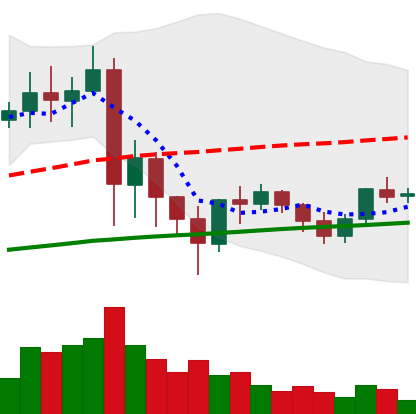
Ticker: XRP-USD
Chart end date: 2021-06-02
Forward return: -15.936%
Label: down_7plus